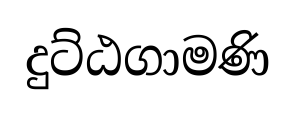
දුට්ඨගාමණි